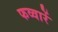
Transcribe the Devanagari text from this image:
फव्वारें